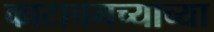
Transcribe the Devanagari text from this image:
काटाचमच्याच्या